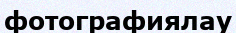
фотографиялау